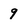
Character: 9